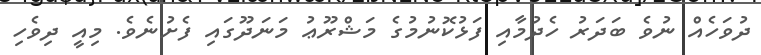
ދުވަހެއް ނުވެ ބަދަރު ހެދުމާއި ފަޅުކޮނުމުގެ މަޝްރޫޢު މަނަދޫގައި ފެށުނެވެ. މިއީ ދިވެހި